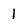
Character: 1